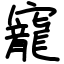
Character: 寵